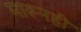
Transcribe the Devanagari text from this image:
मारूनही